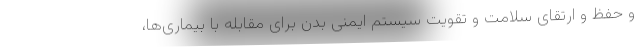
و حفظ و ارتقای سلامت و تقویت سیستم ایمنی بدن برای مقابله با بیماری‌ها،